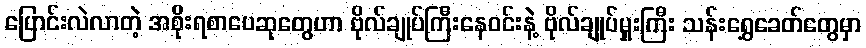
ပြောင်းလဲလာတဲ့ အစိုးရစာပေဆုတွေဟာ ဗိုလ်ချုပ်ကြီးနေဝင်းနဲ့ ဗိုလ်ချုပ်မှူးကြီး သန်းရွှေခေတ်တွေမှာ